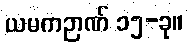
ယမကဉာဏ် ၁၅-ခု။